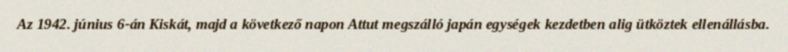
Az 1942. június 6-án Kiskát, majd a következő napon Attut megszálló japán egységek kezdetben alig ütköztek ellenállásba.